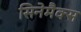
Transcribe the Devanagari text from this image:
सिनेमैक्स